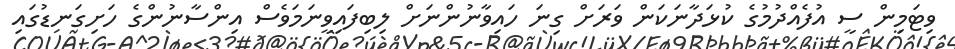
ވިޓަމިން ސީ އުފެއްދުމުގެ ކުޅަދާނަކަން ވަރަށް ގިނަ ހައިވާނުންނަށް ލިބިފައިވީނަމަވެސް އިންސާނުންގެ ހަށިގަނޑުގައި